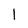
Character: 1